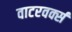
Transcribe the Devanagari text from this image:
वाटरवर्क्स